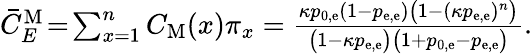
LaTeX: \begin{array}{r}{\bar{C}_{E}^{\mathrm{M}}\! =\! \sum_{x=1}^{n}C_{\mathrm{M}}(x)\pi_{x}=\frac{\kappa p_{0,\mathrm{e}}(1-p_{\mathrm{e},\mathrm{e}})\big(1-(\kappa p_{\mathrm{e},\mathrm{e}})^{n}\big)}{\big(1-\kappa p_{\mathrm{e},\mathrm{e}}\big)\big(1+p_{0,\mathrm{e}}-p_{\mathrm{e},\mathrm{e}}\big)}.}\end{array}